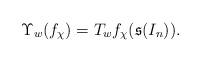
LaTeX: \begin{align*}\Upsilon_w(f_{\chi})=T_wf_{\chi}(\mathfrak{s}(I_n)).\end{align*}